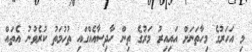
މި އަހަރުގެ މިހާތަނަށް އައިއިރު މަރުގެ ތިން ހާދިސާއެއްގައި ތުހުމަތު ކުރެވުނު އެތައް